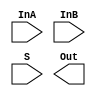
/*
    CS/ECE 552 Spring '19
    Homework #3, Problem 1

    2-1 mux template
*/
module mux2_1(InA, InB, S, Out);
    input   InA, InB;
    input   S;
    output  Out;

    // YOUR CODE HERE

endmodule